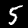
Digit: 5